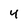
Character: 4